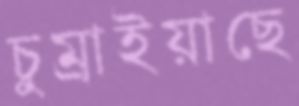
চুম্‌রাইয়াছে